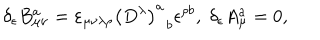
LaTeX: \delta _ { \epsilon } B _ { \mu \nu } ^ { a } = \varepsilon _ { \mu \nu \lambda \rho } \left( D ^ { \lambda } \right) _ { \; \; b } ^ { a } \epsilon ^ { \rho b } , \; \delta _ { \epsilon } A _ { \mu } ^ { a } = 0 ,